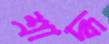
শ্রাদ্ধ